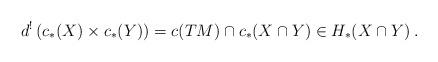
LaTeX: \begin{align*} d^!\left( c_*(X) \times c_*(Y) \right) = c(TM)\cap c_*(X\cap Y) \in H_*(X\cap Y)\:. \end{align*}